Report on the working of the Ranchi Indian Mental Hospital, Kanke, in Bihar and Orissa - 1930-1940
Year: 1930
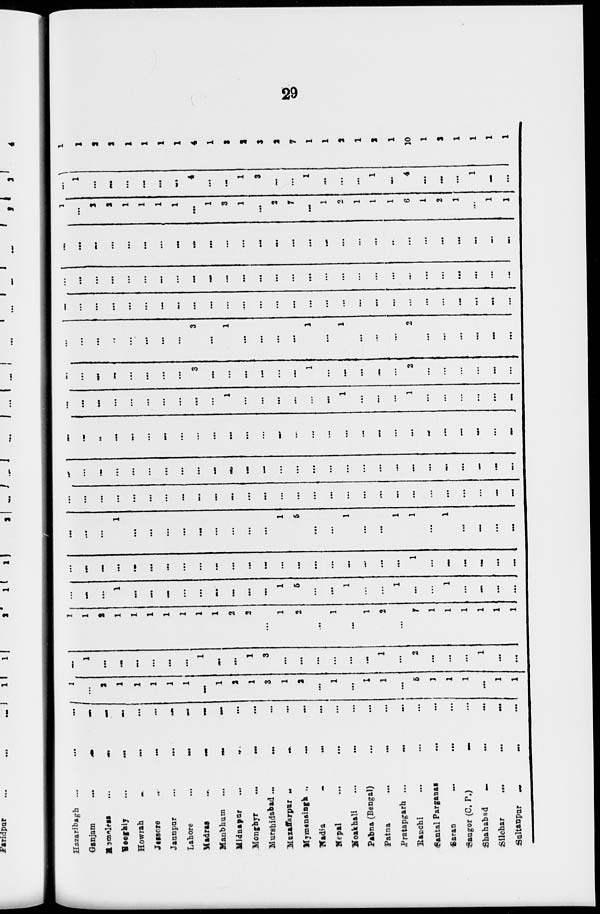
29
Hazaribagh
...
...
...
Ganjam
...
...
...
Homeless
...
...
...
Hooghly ... ... ...
Howrah ... ... ...
Jessore
...
...
...
Jaunpur ... ... ...
Lahore
...
...
...
Madras
...
...
...
Manbhum
...
...
...
Midnapur
...
...
...
Monghyr
...
...
...
Murshidabad
... ... ...
Muzaffarpur ... ... ...
Mymensingh
...
...
...
Nadia
...
...
...
Nepal
...
...
...
Noakhali ... ... ...
Pabna (Bengal) ... ... ...
Patna
...
...
...
Pratapgarh ...
...
...
Ranchi ... ... ...
Santal Parganas ... ...
Saran
...
...
...
Saugor (C. P.)
...
...
Shahabad
...
...
...
Silchar
...
...
...
Sultanpur
...
...
...
1
...
2
1
1
1
1
1
...
1
2
1
3
1
2
...
1
...
1
1
...
5
1
1
1
...
1
1
...
1
...
...
...
...
...
...
1
...
...
1
3
...
...
...
...
...
...
1
...
2
...
...
...
1
...
...
1
1
2
1
1
1
1
1
1
1
2
2
...
1
2
...
1
...
1
2
...
7
1
1
1
1
1
1
...
...
...
1
...
...
...
...
...
...
...
...
...
1
5
...
...
1
...
...
1
...
...
1
...
...
...
...
...
...
...
...
...
...
...
...
...
...
...
...
...
...
...
...
...
...
...
...
...
1
...
...
...
...
...
...
...
...
...
1
...
...
...
...
...
...
...
...
...
1
5
...
...
1
...
...
1
1
...
1
...
...
...
...
...
...
...
...
...
...
...
...
...
...
...
...
...
...
...
...
...
...
...
...
...
...
...
...
...
...
...
...
...
...
...
...
...
...
...
...
...
...
...
...
...
...
...
...
...
...
...
...
...
...
...
...
...
...
...
...
...
...
...
...
...
...
...
...
...
...
...
...
...
...
...
...
...
...
...
...
...
...
...
...
...
...
...
...
...
...
...
...
...
...
...
...
...
1
...
...
...
...
...
...
1
...
...
...
1
...
...
...
...
...
...
...
...
...
...
...
...
...
...
3
...
...
...
...
...
...
1
...
...
...
...
...
2
...
...
...
...
...
...
...
...
...
...
...
...
...
...
3
...
1
...
...
...
...
1
...
1
...
...
...
2
...
...
...
...
...
...
...
...
...
...
...
...
...
...
...
...
...
...
...
...
...
...
...
...
...
...
...
...
...
...
...
...
...
...
...
...
...
...
...
...
...
...
...
...
...
...
...
...
...
...
...
...
...
...
...
...
...
...
...
...
...
...
...
...
...
...
...
...
...
...
...
...
...
...
...
...
...
...
...
...
...
...
...
...
...
...
...
...
...
...
1
...
2
2
1
1
1
1
...
1
3
1
...
2
7
...
1
2
1
1
1
6
1
2
1
...
1
1
...
1
...
...
...
...
...
...
4
...
...
1
3
...
...
1
...
...
...
1
...
4
...
...
...
1
...
...
1
1
2
2
1
1
1
1
4
1
3
2
3
2
7
1
1
2
1
2
1
10
1
1
1
1
1
1